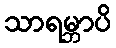
သာရမ္ဘာပိ